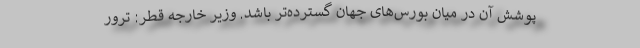
پوشش آن در میان بورس‌های جهان گسترده‌تر باشد. وزیر خارجه قطر: ترور